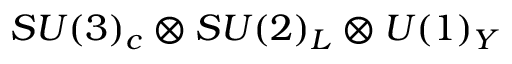
S U ( 3 ) _ { c } \otimes S U ( 2 ) _ { L } \otimes U ( 1 ) _ { Y }